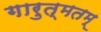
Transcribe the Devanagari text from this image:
गारुत्मतम्